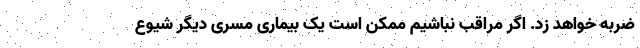
ضربه خواهد زد. اگر مراقب نباشیم ممکن است یک بیماری مسری دیگر شیوع